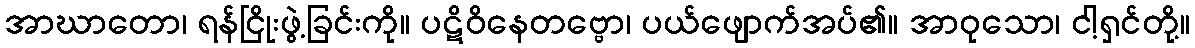
အာဃာတော၊ ရန်ငြိုးဖွဲ့ခြင်းကို။ ပဋိဝိနေတဗ္ဗော၊ ပယ်ဖျောက်အပ်၏။ အာဝုသော၊ ငါ့ရှင်တို့။